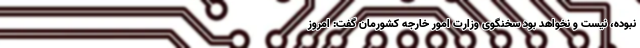
نبوده، نیست و نخواهد بود سخنگوی وزارت امور خارجه کشورمان گفت: امروز